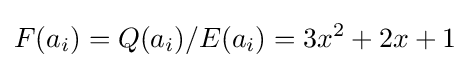
F(a_{i})=Q(a_{i})/E(a_{i})=3x^{2}+2x+1